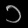
Digit: ၁